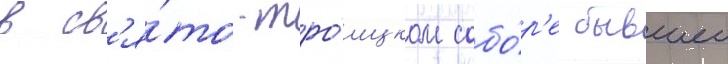
в св'я́то-тро́ицком собо́р'е бывшеи